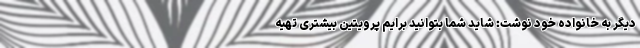
دیگر به خانواده خود نوشت: شاید شما بتوانید برایم پرویتین بیشتری تهیه